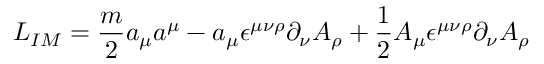
{ \cal L } _ { I M } = { \frac { m } { 2 } } a _ { \mu } a ^ { \mu } - a _ { \mu } \epsilon ^ { \mu \nu \rho } \partial _ { \nu } A _ { \rho } + { \frac { 1 } { 2 } } A _ { \mu } \epsilon ^ { \mu \nu \rho } \partial _ { \nu } A _ { \rho }